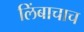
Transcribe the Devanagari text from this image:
लिंबाचाच